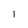
Character: 1